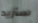
سأزيد